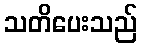
သတိပေးသည်